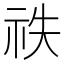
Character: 祑